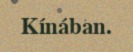
Kínában.